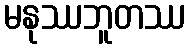
မနုဿဘူတဿ